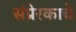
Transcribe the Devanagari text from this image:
संप्रेरकाचे